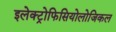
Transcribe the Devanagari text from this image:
इलेक्ट्रोफिसियोलोजिकल